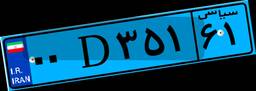
۰۰D۳۵۱۶۱